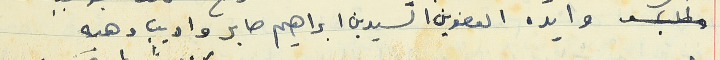
وايده العضوين السيدين ابراهيم صابر واديب وهبه